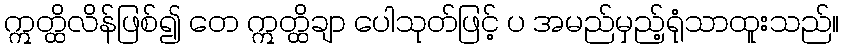
ဣတ္ထိလိန်ဖြစ်၍ တေ ဣတ္ထိချာ ပေါသုတ်ဖြင့် ပ အမည်မှည့်ရုံသာထူးသည်။